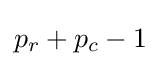
p_{r}+p_{c}-1